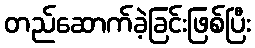
တည်ဆောက်ခဲ့ခြင်းဖြစ်ပြီး